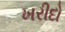
ખરીદો